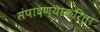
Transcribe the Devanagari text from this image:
संपादण्याकरिता